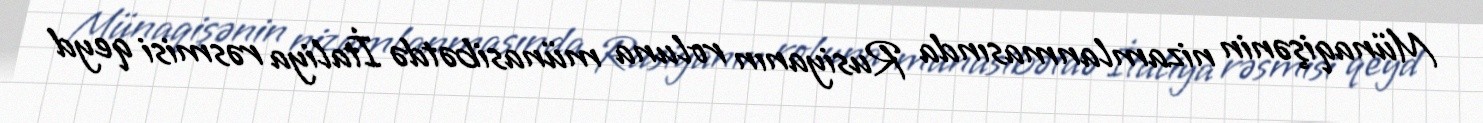
Münaqişənin nizamlanmasında Rusiyanın roluna münasibətdə İtaliya rəsmisi qeyd